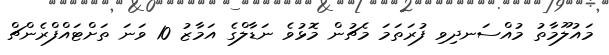
މައުލޫމާތު މުއްސަނދިވި ފުރަތަމަ މެޗުން މޮޅުވެ ނަޑާލްގެ އަމާޒު 10 ވަނަ ތަށްޓައްފްރެންޗް